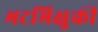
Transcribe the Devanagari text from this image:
भटभिक्षुकी